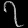
Digit: ၇